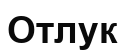
Отлук